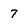
Character: 7